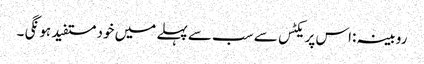
روبینہ :اس پریکٹس سے سب سے پہلے میں خود مستفید ہو نگی ۔